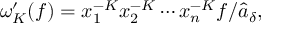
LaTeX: \omega _ { K } ^ { \prime } ( f ) = x _ { 1 } ^ { - K } x _ { 2 } ^ { - K } \cdots x _ { n } ^ { - K } f / \hat { a } _ { \delta } ,